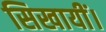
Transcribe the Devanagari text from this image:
सिखायीं।